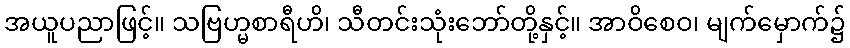
အယူပညာဖြင့်။ သဗြဟ္မစာရီဟိ၊ သီတင်းသုံးဘော်တို့နှင့်။ အာဝိစေဝ၊ မျက်မှောက်၌